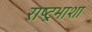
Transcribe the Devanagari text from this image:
राष्ट्रभाशा